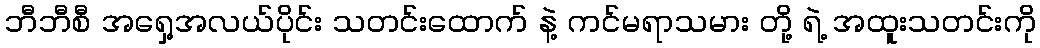
ဘီဘီစီ အရှေ့အလယ်ပိုင်း သတင်းထောက် နဲ့ ကင်မရာသမား တို့ ရဲ့ အထူးသတင်းကို